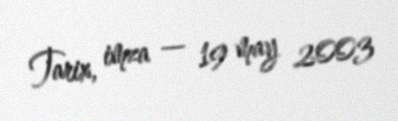
Tarix, imza — 19 may 2003